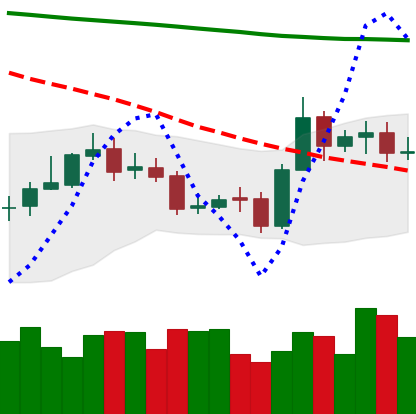
Ticker: ETC-USD
Chart end date: 2020-10-27
Forward return: -4.384%
Label: down_3_5